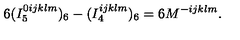
6 ( I _ { 5 } ^ { 0 i j k l m } ) _ { 6 } - ( I _ { 4 } ^ { i j k l m } ) _ { 6 } = 6 M ^ { - i j k l m } .